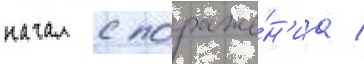
начал с пораже́н'иа /